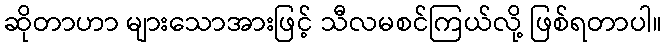
ဆိုတာဟာ များသောအားဖြင့် သီလမစင်ကြယ်လို့ ဖြစ်ရတာပါ။